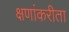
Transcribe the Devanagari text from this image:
क्षणांकरीता